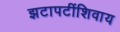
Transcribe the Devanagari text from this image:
झटापटींशिवाय